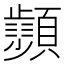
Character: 𩕨